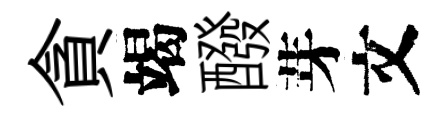
貪竭醱芽文